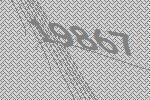
19867